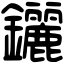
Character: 𨰣